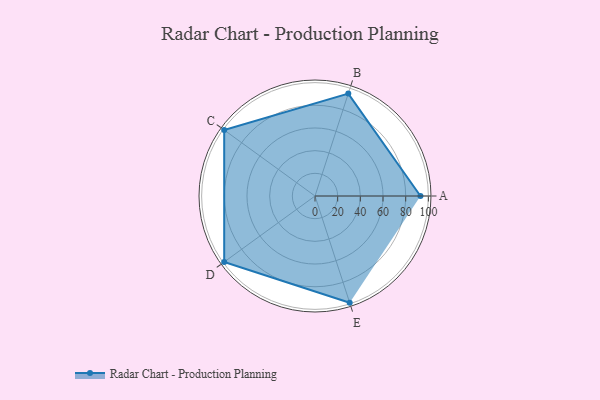
{"axis": {"x": "Skill", "y": "Score"}, "legend": ["Profile"], "data": [{"x": "A", "y": 93.0, "type": "Profile"}, {"x": "B", "y": 95.0, "type": "Profile"}, {"x": "C", "y": 99.0, "type": "Profile"}, {"x": "D", "y": 99, "type": "Profile"}, {"x": "E", "y": 99, "type": "Profile"}]}